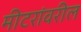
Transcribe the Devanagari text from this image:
मीटरांवरील